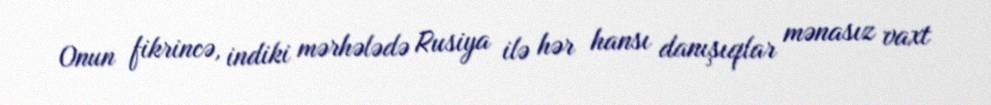
Onun fikrincə, indiki mərhələdə Rusiya ilə hər hansı danışıqlar mənasız vaxt